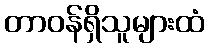
တာဝန်ရှိသူများထံ